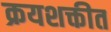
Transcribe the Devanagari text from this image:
क्रयशक्तीत